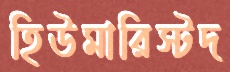
হিউমারিস্টদ